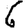
Digit: 6